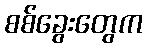
စစ်ခွေးတွေက